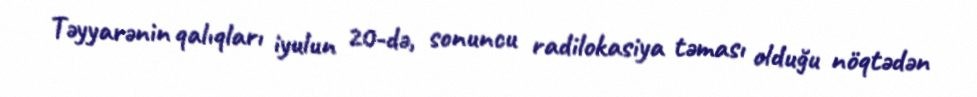
Təyyarənin qalıqları iyulun 20-də, sonuncu radilokasiya təması olduğu nöqtədən